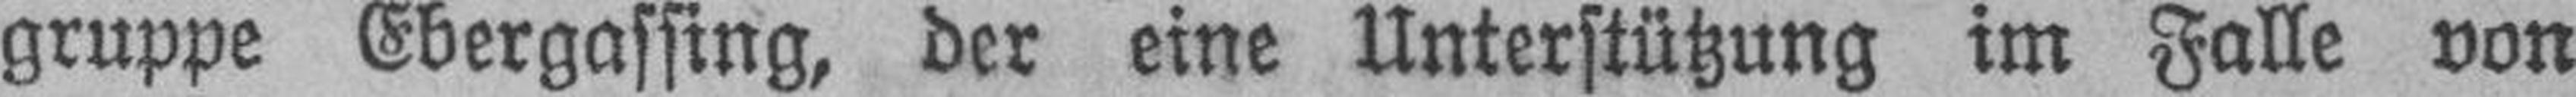
gruppe Ebergassing, der eine Unterstützung im Falle von